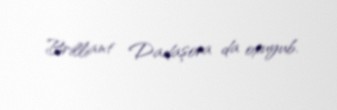
Brilliant Dadaşova da oxuyub.